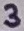
Text: 3